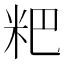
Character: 粑